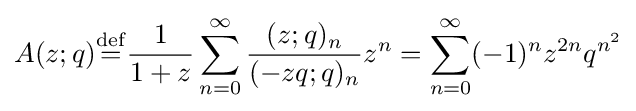
A(z;q){\stackrel {\rm {def}}{=}}{\frac {1}{1+z}}\sum _{n=0}^{\infty }{\frac {(z;q)_{n}}{(-zq;q)_{n}}}z^{n}=\sum _{n=0}^{\infty }(-1)^{n}z^{2n}q^{n^{2}}